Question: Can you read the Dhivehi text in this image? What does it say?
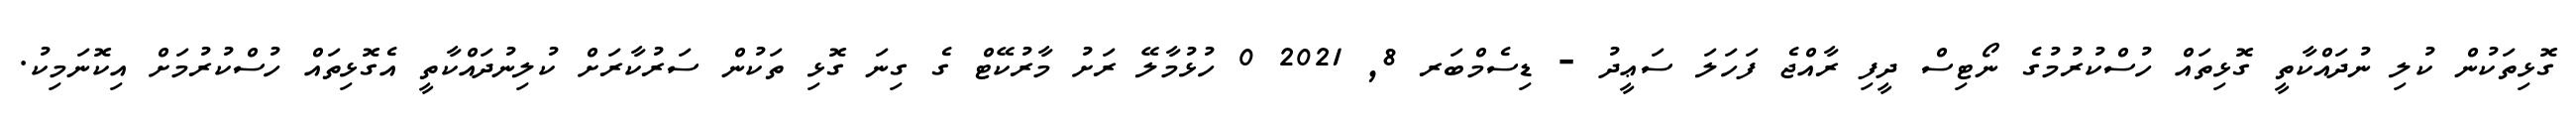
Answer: ގޮޅިތަކުން ކުލި ނުދައްކާތީ ގޮޅިތައް ހުސްކުރުމުގެ ނޯޓިސް ދީފި ރާއްޖެ ފަހަލަ ސަޢީދު - ޑިސެމްބަރ 8, 2021 0 ހުޅުމާލޭ ރަށު މާރުކޭޓް ގެ ގިނަ ގޮޅި ތަކުން ސަރުކާރަށް ކުލިނުދައްކާތީ އެގޮޅިތައް ހުސްކުރުމަށް އިކޮނަމިކު.